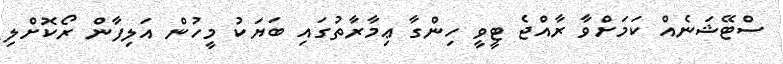
ސްޓޭޝަނެއް ކަމަށްވާ ރާއްޖެ ޓީވީ ހިންގާ ޢިމާރާތުގައި ބަޔަކު މީހުން އަލިފާން ރޯކޮށްލި